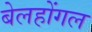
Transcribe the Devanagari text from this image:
बेलहोंगल